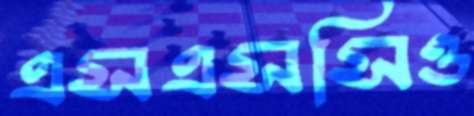
এসএসসিও